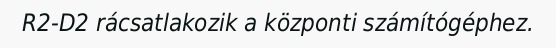
R2-D2 rácsatlakozik a központi számítógéphez.